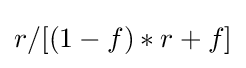
r/[(1-f)*r+f]